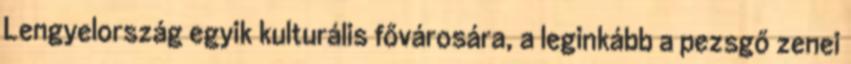
Lengyelország egyik kulturális fővárosára, a leginkább a pezsgő zenei